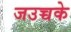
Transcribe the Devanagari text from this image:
जउच्चके